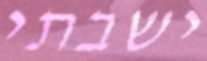
ישבתי